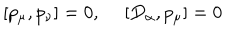
LaTeX: [ p _ { \mu } , p _ { \nu } ] = 0 , ~ ~ [ D _ { \alpha } , p _ { \mu } ] = 0